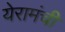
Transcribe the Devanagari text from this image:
येरामंची